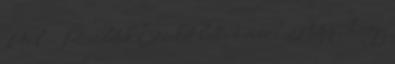
1-től – Részletek Ezeket láttad már? 5 tipp, hogy